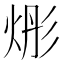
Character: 烿